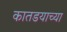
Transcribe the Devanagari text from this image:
कातडयाच्या